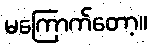
မကြောက်တော့။